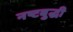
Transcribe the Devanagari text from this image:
नष्टबुद्धी